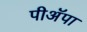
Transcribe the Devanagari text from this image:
पीअॅपा